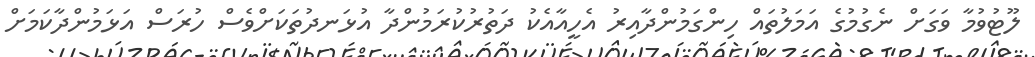
ލޫޓުވުމާ ވަގަށް ނެގުމުގެ އަމަލުތައް ހިންގަމުންދާއިރު އެހީއާއެކު ދަތުރުކުރަމުންދާ އުޅަނދުތަކަށްވެސް ހުރަސް އަޅަމުންދާކަމަށް